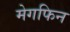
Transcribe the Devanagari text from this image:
मेगफिन